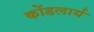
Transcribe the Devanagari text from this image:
कोंडलार्य